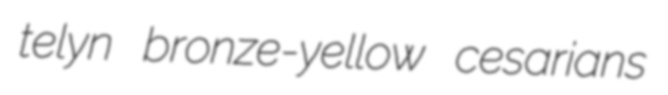
telyn bronze-yellow cesarians